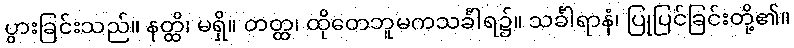
ပွားခြင်းသည်။ နတ္ထိ၊ မရှိ။ တတ္ထ၊ ထိုတေဘူမကသင်္ခါရ၌။ သင်္ခါရာနံ၊ ပြုပြင်ခြင်းတို့၏။